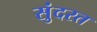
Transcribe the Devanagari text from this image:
सुंदरत